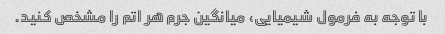
با توجه به فرمول شیمیایی، میانگین جرم هر اتم را مشخص کنید.